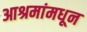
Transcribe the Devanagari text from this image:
आश्रमांमधून